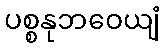
ပစ္စနုဘဝေယျံ